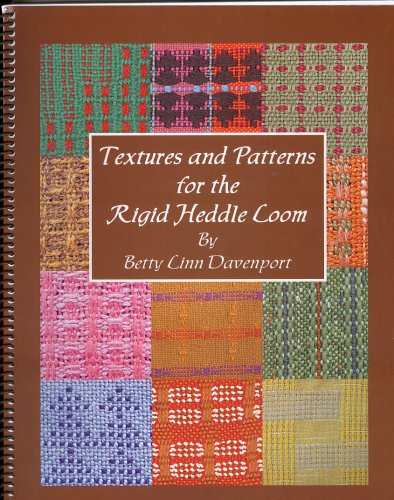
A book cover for Textures and Patterns for the Rigid Heddle Loom; Betty Linn Davenport; Crafts, Hobbies & Home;